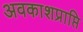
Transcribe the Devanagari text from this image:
अवकाशप्राप्ति